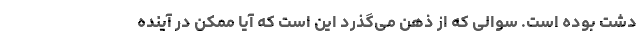
دشت بوده است. سوالی که از ذهن می‌گذرد این است که آیا ممکن در آینده